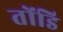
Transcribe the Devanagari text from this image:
तोंडि